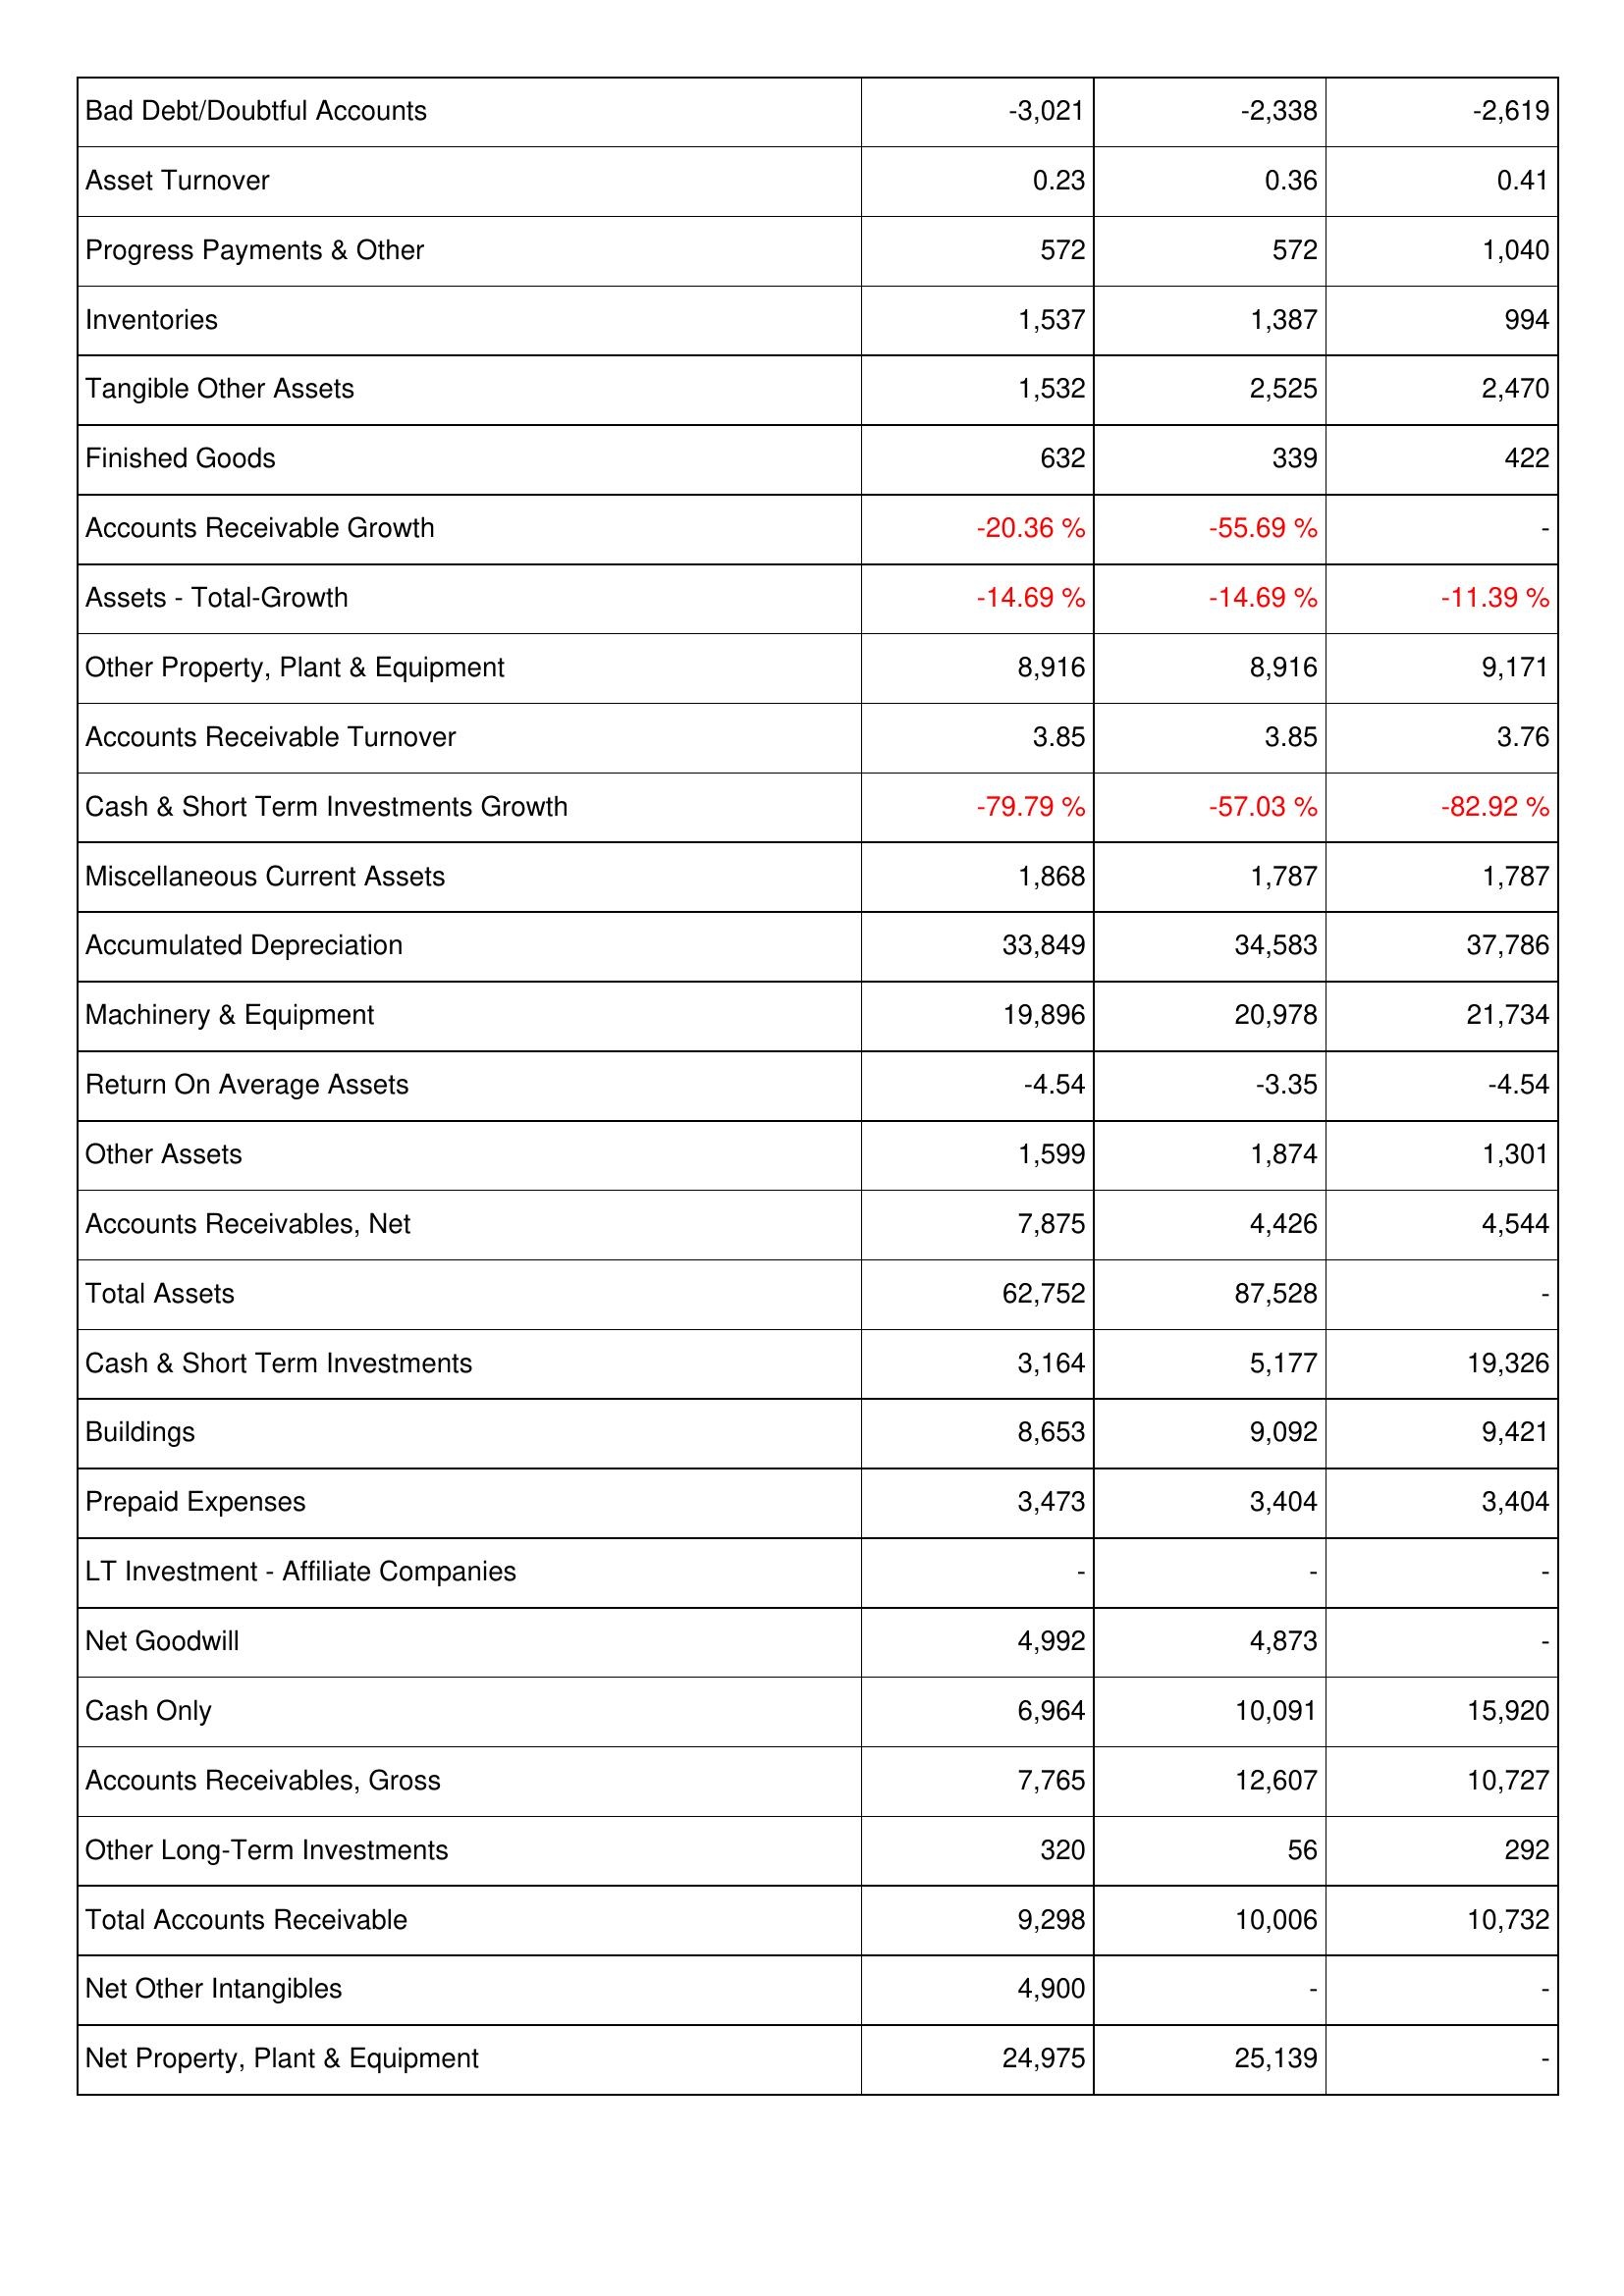
2019: Assets: Bad Debt/Doubtful Accounts: -3,021
Asset Turnover: 0.23
Progress Payments & Other: 572
Inventories: 1,537
Tangible Other Assets: 1,532
Finished Goods: 632
Accounts Receivable Growth: -20.36 %
Assets - Total-Growth: -14.69 %
Other Property, Plant & Equipment: 8,916
Accounts Receivable Turnover: 3.85
Cash & Short Term Investments Growth: -79.79 %
Miscellaneous Current Assets: 1,868
Accumulated Depreciation: 33,849
Machinery & Equipment: 19,896
Return On Average Assets: -4.54
Other Assets: 1,599
Accounts Receivables, Net: 7,875
Total Assets: 62,752
Cash & Short Term Investments: 3,164
Buildings: 8,653
Prepaid Expenses: 3,473
LT Investment - Affiliate Companies: -
Net Goodwill: 4,992
Cash Only: 6,964
Accounts Receivables, Gross: 7,765
Other Long-Term Investments: 320
Total Accounts Receivable: 9,298
Net Other Intangibles: 4,900
Net Property, Plant & Equipment: 24,975
2018: Assets: Bad Debt/Doubtful Accounts: -2,338
Asset Turnover: 0.36
Progress Payments & Other: 572
Inventories: 1,387
Tangible Other Assets: 2,525
Finished Goods: 339
Accounts Receivable Growth: -55.69 %
Assets - Total-Growth: -14.69 %
Other Property, Plant & Equipment: 8,916
Accounts Receivable Turnover: 3.85
Cash & Short Term Investments Growth: -57.03 %
Miscellaneous Current Assets: 1,787
Accumulated Depreciation: 34,583
Machinery & Equipment: 20,978
Return On Average Assets: -3.35
Other Assets: 1,874
Accounts Receivables, Net: 4,426
Total Assets: 87,528
Cash & Short Term Investments: 5,177
Buildings: 9,092
Prepaid Expenses: 3,404
LT Investment - Affiliate Companies: -
Net Goodwill: 4,873
Cash Only: 10,091
Accounts Receivables, Gross: 12,607
Other Long-Term Investments: 56
Total Accounts Receivable: 10,006
Net Other Intangibles: -
Net Property, Plant & Equipment: 25,139
2017: Assets: Bad Debt/Doubtful Accounts: -2,619
Asset Turnover: 0.41
Progress Payments & Other: 1,040
Inventories: 994
Tangible Other Assets: 2,470
Finished Goods: 422
Accounts Receivable Growth: -
Assets - Total-Growth: -11.39 %
Other Property, Plant & Equipment: 9,171
Accounts Receivable Turnover: 3.76
Cash & Short Term Investments Growth: -82.92 %
Miscellaneous Current Assets: 1,787
Accumulated Depreciation: 37,786
Machinery & Equipment: 21,734
Return On Average Assets: -4.54
Other Assets: 1,301
Accounts Receivables, Net: 4,544
Total Assets: -
Cash & Short Term Investments: 19,326
Buildings: 9,421
Prepaid Expenses: 3,404
LT Investment - Affiliate Companies: -
Net Goodwill: -
Cash Only: 15,920
Accounts Receivables, Gross: 10,727
Other Long-Term Investments: 292
Total Accounts Receivable: 10,732
Net Other Intangibles: -
Net Property, Plant & Equipment: -